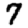
Digit: 7